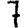
Digit: 7